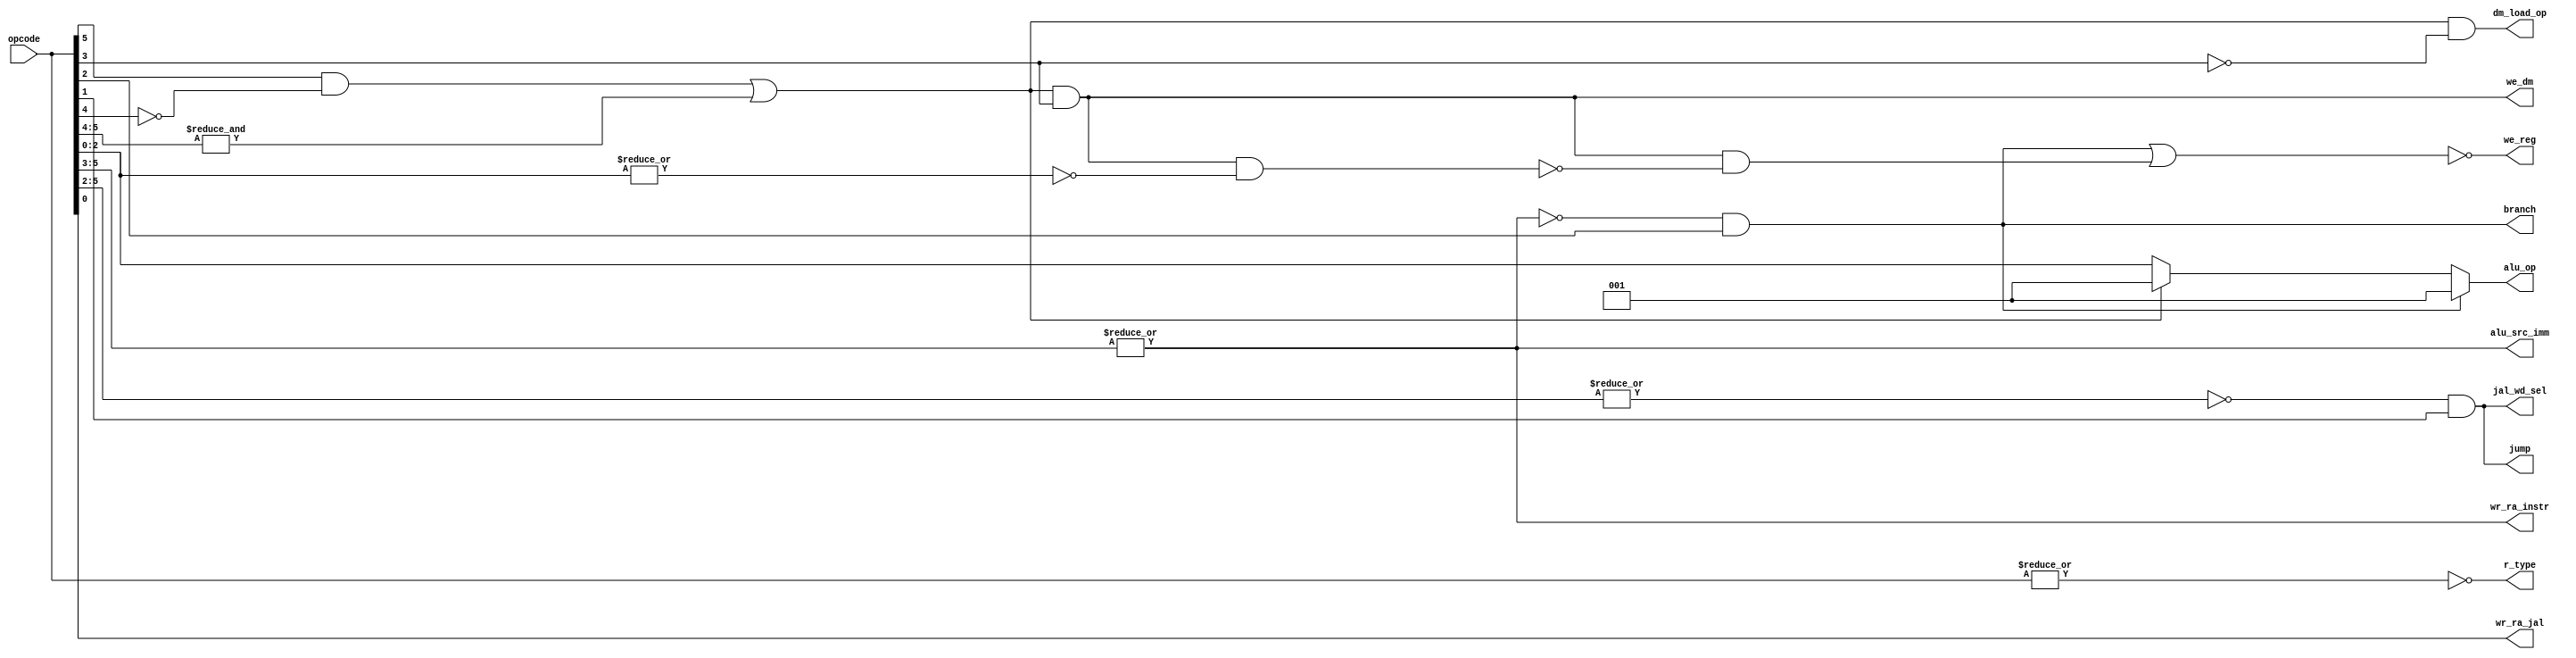
`timescale 1ns / 1ps

module maindec (
	input  wire [5:0] opcode,
	output wire       branch,
	output wire       jump,
	output wire       we_reg,
	output wire       alu_src_imm,
	output wire       we_dm,
	output wire [2:0] alu_op,
	output wire	      wr_ra_jal,
	output wire		  wr_ra_instr,
	output wire		  jal_wd_sel,
	output wire		  dm_load_op,
	output wire	      r_type
);

parameter
SLT = 3'b010,
ADD = 3'b001;


wire alu_src_rd2,
	store_op,
	store_conditional,
	dm_op,
	store_bit;

assign r_type = ~|opcode;

assign dm_op = (opcode[5] & ~opcode[4]) | &opcode[5:4];

assign store_bit = opcode[3];

assign store_op = dm_op & store_bit;

assign dm_load_op = dm_op & ~store_bit;

assign store_conditional = store_op & ~|opcode[2:0];

assign alu_src_imm = |(opcode[5:3]);

assign alu_src_rd2 = ~alu_src_imm;

assign branch = alu_src_rd2 & opcode[2];

assign alu_op = 
	branch ? ADD :
	dm_op  ? ADD :
	opcode[2:0];

assign we_reg = ~(branch | (store_op & ~store_conditional) );

assign jump = ~|(opcode[5:2]) & opcode[1];

assign wr_ra_jal = opcode[0];

assign wr_ra_instr = alu_src_imm;

assign jal_wd_sel = jump;

assign we_dm = store_op;



endmodule